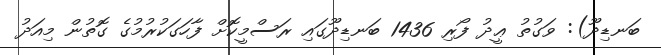
ބަނޑިދޫ): ވަގުތު ޢީދު ފޯރި 1436 ބަނޑިދޫގައި ރަސްމީކޮށް ފާހަގަކުރުމުގެ ގޮތުން މިއަދު